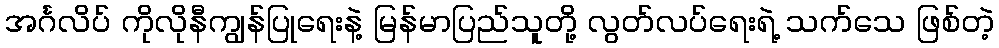
အင်္ဂလိပ် ကိုလိုနီကျွန်ပြုရေးနဲ့ မြန်မာပြည်သူတို့ လွတ်လပ်ရေးရဲ့ သက်သေ ဖြစ်တဲ့